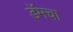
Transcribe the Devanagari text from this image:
डॅमचा